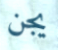
يجن